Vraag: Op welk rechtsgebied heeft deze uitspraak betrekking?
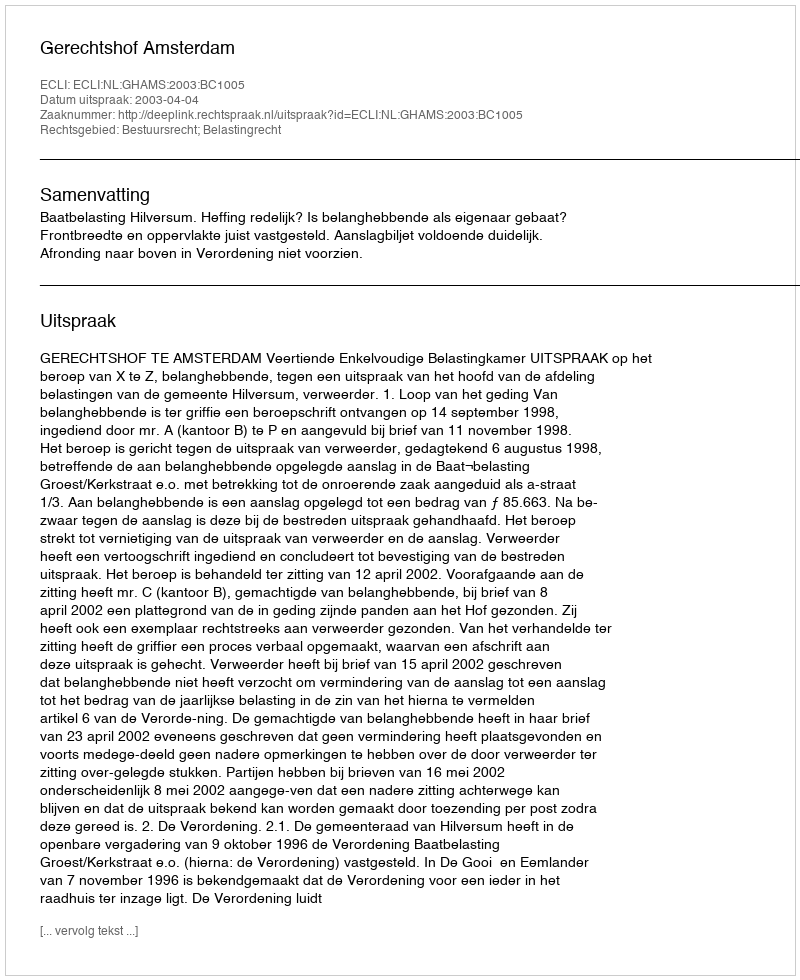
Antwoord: Bestuursrecht; Belastingrecht